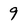
Character: 9